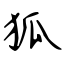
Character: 狐